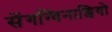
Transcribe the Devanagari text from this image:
सेंगग्विनाशियो